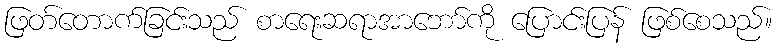
ဖြတ်တောက်ခြင်းသည် စာရေးဆရာအာဘော်ကို ပြောင်းပြန် ဖြစ်စေသည်။